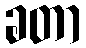
ခတာ